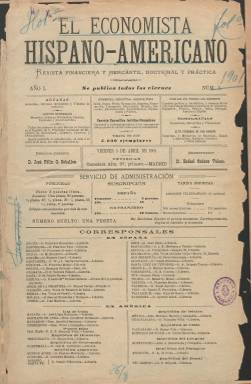
Título: El Economista hispano-americano
Otros títulos: Economista hispanoamericano
Colección: Economía
Ámbito geográfico: Madrid
Lugar de publicación: Madrid
Fechas: 05/04/1901-02/10/1903

Con el inicio del nuevo siglo, a partir del cinco de abril de 1901 comienza a publicarse este semanario madrileño (saldrá cada viernes), cuyo fundador, propietario y director-gerente, José Félix García Ceballos Teresí, lo presenta como un “nuevo” modelo de “revista financiera y mercantil, doctrinal y práctica” –tal como indica su subtítulo–, es decir, de prensa económica especializada, cuyo propósito es aunar “las más fundamentales teorías de ciencia económica y el consejo sencillo al industrial y al exportador, entre los problemas bancarios y la noticia minera y metalúrgica, las crisis industriales y las cuestiones agrícolas, la Hacienda del Estado y el empréstito municipal, el estado de la Hacienda pública y la situación de un puerto, de una empresa, de un valor del mercado”. Se presenta desde una “independencia” doctrinal a la vez que eminentemente práctico, con el fin de fomentar el expansionismo comercial español, especialmente a las repúblicas hispano-americanas, articulando un “nuevo” lector económico-financiero, para el que dice que contará con colaboradores “casi nuevos” también.

Cuando aparezca la publicación recibirá adhesiones de destacadas figuras de la política y la economía españolas, como eran el presidente del Congreso, R. Villaverde; el ministro de Gobernación, Segismundo Moret; el ministro de Agricultura, Industria, Comercio y Obras Públicas, M. Villanueva; y entre otros exministros, los de Hacienda J. López Puigcerver y Antonio Maura, o el exministro Francisco Romero Robledo. La empresa editora de la revista contaba también con un Consejo Consultivo Jurídico-Financiero, que presidirá el catedrático José María de Olózaga y en el que participarán como consejeros Nicolás de Goiri, Julián Castedo, Joaquín de la Hoz, Carlos Cardona, G. Lena o Jacobo Sneider.

Sus entregas comenzarán siendo de 24 páginas, para después superar la treintena, compuestas a dos columnas, y con inserciones publicitarias de importantes compañías, que ocuparán hasta sus seis últimas planas. Su paginación es continuada cada año. Sólo publicará como ilustración la fotografía del personal de la revista (8 de mayo de 1903), y llegará a tener cubierta.

Los asuntos de los que tratará serán los financieros, bancarios, bursátiles, empresariales, industriales, mercantiles, comerciales o aduaneros. Los referidos a puertos, aranceles, fletes, navegación, ferrocarriles, electricidad, minería, seguros o a tratados internacionales de comercio, Hacienda pública, diputaciones o municipios. También insertará numerosos cuadros gráficos y estadísticos, como eran los depósitos existentes en los bancos en España; memorias, balances, emisiones y amortizaciones de las juntas generales de las compañías, y resúmenes de las más importantes revistas financieras de Europa o América. El administrador de la revista será Rafael Suárez Veloso, y en su primer número indica que su tirada era de 5.000 ejemplares. Se distribuía en las principales capitales de España y de Hispanoamérica.

Además de Ceballos Teresí, entre sus articulistas destacarán otros apologistas de la nacionalización económica española, como fueron el profesor y publicista Eloy Luis de André (1876-1935); el abogado, político y periodista Joaquín Sánchez de Toca (1852-1942) o el economista, periodista y presidente del Fomento del Trabajo Nacional, Guillermo Graell i Moles (1846-1927). Otros colaboradores fueron Vicente Gay, Sebastián y Julián Castedo, A. García Morales, Luis Lefebvre Zabala, Emilio Haering-Bloch, Gustavo W. Mariné. Contará también con correspondencias de Adolfo F. Ferrando (Cataluña y Baleares), P. Echevarría (País Vasco) o Leoncio Aguirre (París). Miguel de Unamuno colaboró en sus páginas en su primer año con sendos artículos sobre ahorro y seguro (10 y 17 de mayo).

Tras publicar su número 131, correspondiente al dos de octubre de 1903, este título será continuado por el también semanario El Financiero hispano-americano, que mantiene la secuencia numérica. A partir de 1918, este reducirá la cabecera a sólo El Financiero, que se convertirá en diario en 1935, hasta su desaparición al estallar la guerra civil en 1936. Así mismo, García Ceballos editará y dirigirá entre 1908 y 1935 la revista La Ilustración financiera.

En su tesis doctoral, Carlos Rueda Lafond señala que el periódico de García Ceballos fue uno de los órganos “más explícitos” del pensamiento proteccionista y nacionalizador de la economía española. Otras referencias bibliográficas para este título, la prensa económica y la economía españolas son las de Eloy Fernández Clemente o Ana Rosado-Cubero (2016).